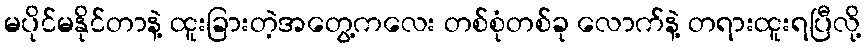
မပိုင်မနိုင်တာနဲ့ ထူးခြားတဲ့အတွေ့ကလေး တစ်စုံတစ်ခု လောက်နဲ့ တရားထူးရပြီလို့